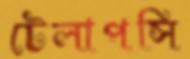
টেলাপসি